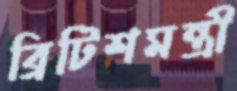
ব্রিটিশমন্ত্রী